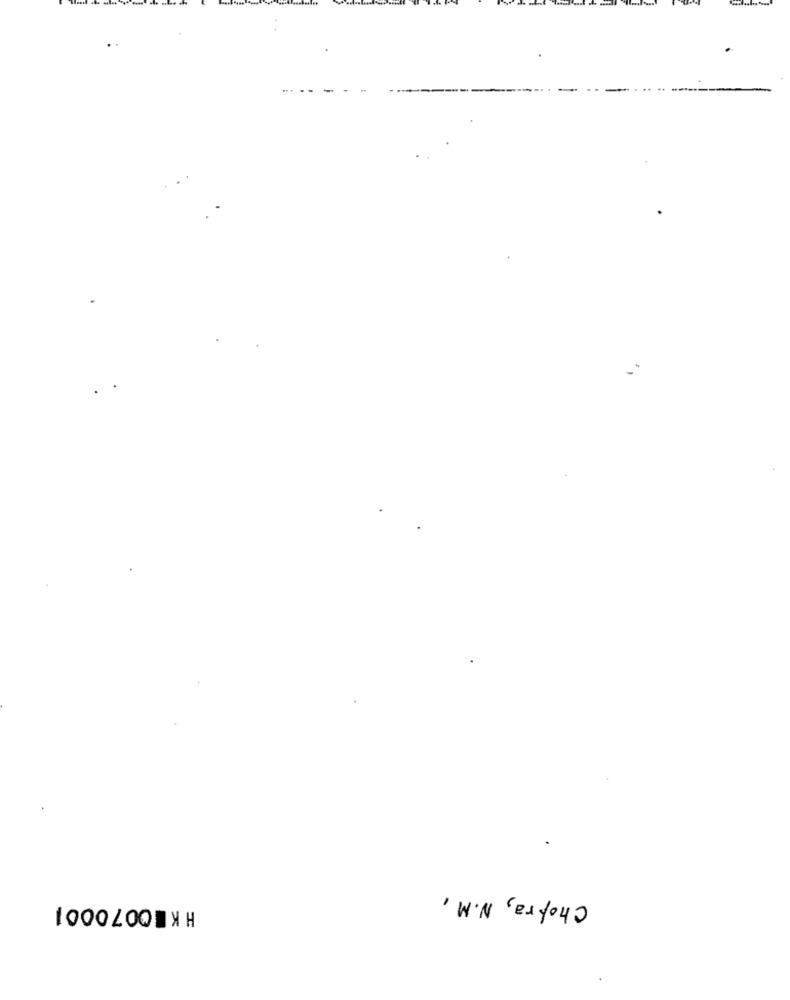
Chopra, N.M.
HK 0070001